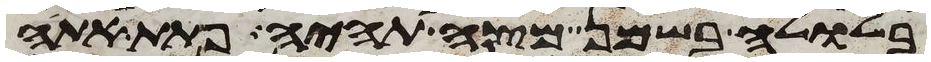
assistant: בלולה בשמן מצה תהיה פתת אתה